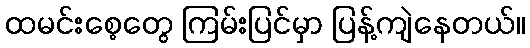
ထမင်းစေ့တွေ ကြမ်းပြင်မှာ ပြန့်ကျဲနေတယ်။